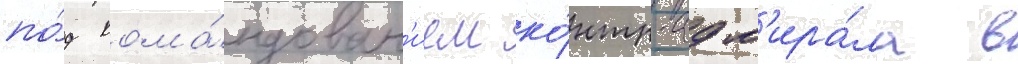
по́д кома́ндован'ием ко́нтр-адм'ира́ла в